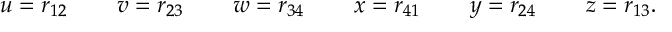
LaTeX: u = r _ { 1 2 } \phantom { s p a c e } v = r _ { 2 3 } \phantom { s p a c e } w = r _ { 3 4 } \phantom { s p a c e } x = r _ { 4 1 } \phantom { s p a c e } y = r _ { 2 4 } \phantom { s p a c e } z = r _ { 1 3 } .